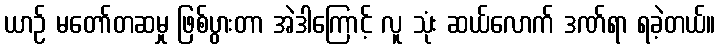
ယာဉ် မတော်တဆမှု ဖြစ်ပွားတာ အဲဒါကြောင့် လူ သုံး ဆယ်လောက် ဒဏ်ရာ ရခဲ့တယ်။